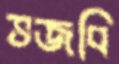
ভজবি